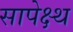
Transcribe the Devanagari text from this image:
सापेक्ष्थ